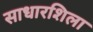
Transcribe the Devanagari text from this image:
साधारशिला